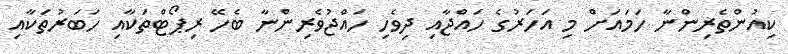
ކިއުންތެރިންނާ ހަމައަށް މި އަހަރުގެ ހައްޖާއި ދިވެހި ހައްޖުވެރިންނާ ބެހޭ ރިޕޯޓްތަކާއި ހަބަރުތަކާއި